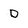
Character: D